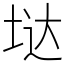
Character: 垯